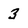
Character: 3